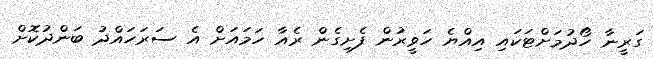
ގަރީނާ ހޯދުމަށްޓަކައި އިއްޔެ ހަވީރުން ފެށިގެން ރެއާ ހަމައަށް އެ ސަރަހައްދު ބަންދުކޮށް